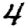
Digit: 4